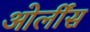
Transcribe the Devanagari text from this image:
ओर्लींस